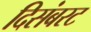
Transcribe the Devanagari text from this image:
दिसंबरट